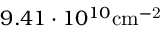
9 . 4 1 \cdot 1 0 ^ { 1 0 } \mathrm { { c m } ^ { - 2 } }